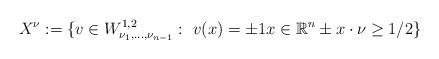
LaTeX: \begin{align*}X^{\nu}:=\{ v\in W_{\nu_{1},\ldots, \nu_{n-1}}^{1,2}:~v(x)=\pm1 x\in\mathbb{R}^{n}\pm x\cdot\nu\geq1/2\}\end{align*}